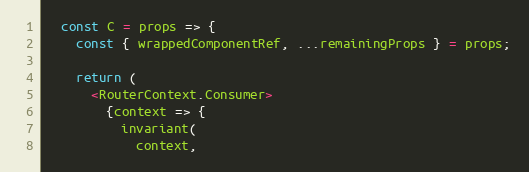
Language: JavaScript
  const C = props => {
    const { wrappedComponentRef, ...remainingProps } = props;

    return (
      <RouterContext.Consumer>
        {context => {
          invariant(
            context,